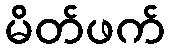
မိတ်ဖက်